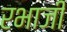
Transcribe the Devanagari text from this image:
रभाजी